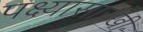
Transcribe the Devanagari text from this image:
पक्ष्यासारखी